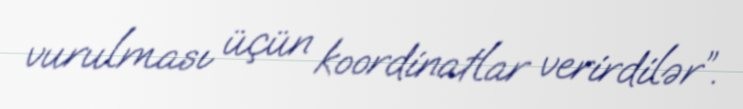
vurulması üçün koordinatlar verirdilər”.